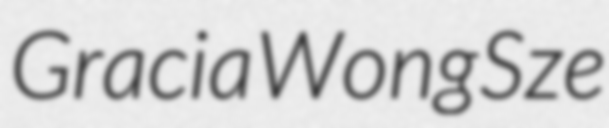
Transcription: Gracia Wong Sze